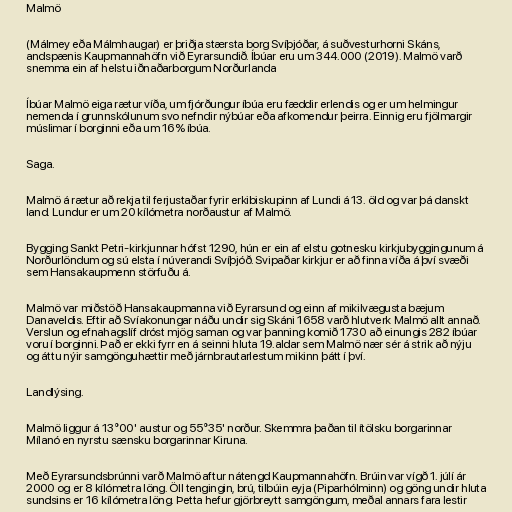
Malmö

(Málmey eða Málmhaugar) er þriðja stærsta borg Svíþjóðar, á suðvesturhorni Skáns,
andspænis Kaupmannahöfn við Eyrarsundið. Íbúar eru um 344.000 (2019). Malmö varð
snemma ein af helstu iðnaðarborgum Norðurlanda

Íbúar Malmö eiga rætur víða, um fjórðungur íbúa eru fæddir erlendis og er um helmingur
nemenda í grunnskólunum svo nefndir nýbúar eða afkomendur þeirra. Einnig eru fjölmargir
múslimar í borginni eða um 16% íbúa.

Saga.

Malmö á rætur að rekja til ferjustaðar fyrir erkibiskupinn af Lundi á 13. öld og var þá danskt
land. Lundur er um 20 kílómetra norðaustur af Malmö.

Bygging Sankt Petri-kirkjunnar hófst 1290, hún er ein af elstu gotnesku kirkjubyggingunum á
Norðurlöndum og sú elsta í núverandi Svíþjóð. Svipaðar kirkjur er að finna víða á því svæði
sem Hansakaupmenn störfuðu á.

Malmö var miðstöð Hansakaupmanna við Eyrarsund og einn af mikilvægusta bæjum
Danaveldis. Eftir að Svíakonungar náðu undir sig Skáni 1658 varð hlutverk Malmö allt annað.
Verslun og efnahagslíf dróst mjög saman og var þanning komið 1730 að einungis 282 íbúar
voru í borginni. Það er ekki fyrr en á seinni hluta 19.aldar sem Malmö nær sér á strik að nýju
og áttu nýir samgönguhættir með járnbrautarlestum mikinn þátt í því.

Landlýsing.

Malmö liggur á 13°00' austur og 55°35' norður. Skemmra þaðan til ítölsku borgarinnar
Mílanó en nyrstu sænsku borgarinnar Kiruna.

Með Eyrarsundsbrúnni varð Malmö aftur nátengd Kaupmannahöfn. Brúin var vígð 1. júlí ár
2000 og er 8 kílómetra löng. Öll tengingin, brú, tilbúin eyja (Piparhólminn) og göng undir hluta
sundsins er 16 kílómetra löng. Þetta hefur gjörbreytt samgöngum, meðal annars fara lestir